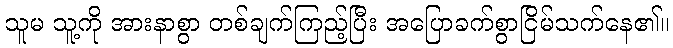
သူမ သူ့ကို အားနာစွာ တစ်ချက်ကြည့်ပြီး အပြောခက်စွာငြိမ်သက်နေ၏။